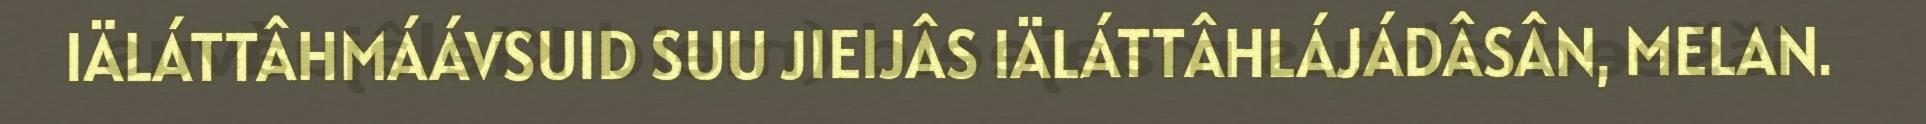
IÄLÁTTÂHMÁÁVSUID SUU JIEIJÂS IÄLÁTTÂHLÁJÁDÂSÂN, MELAN.